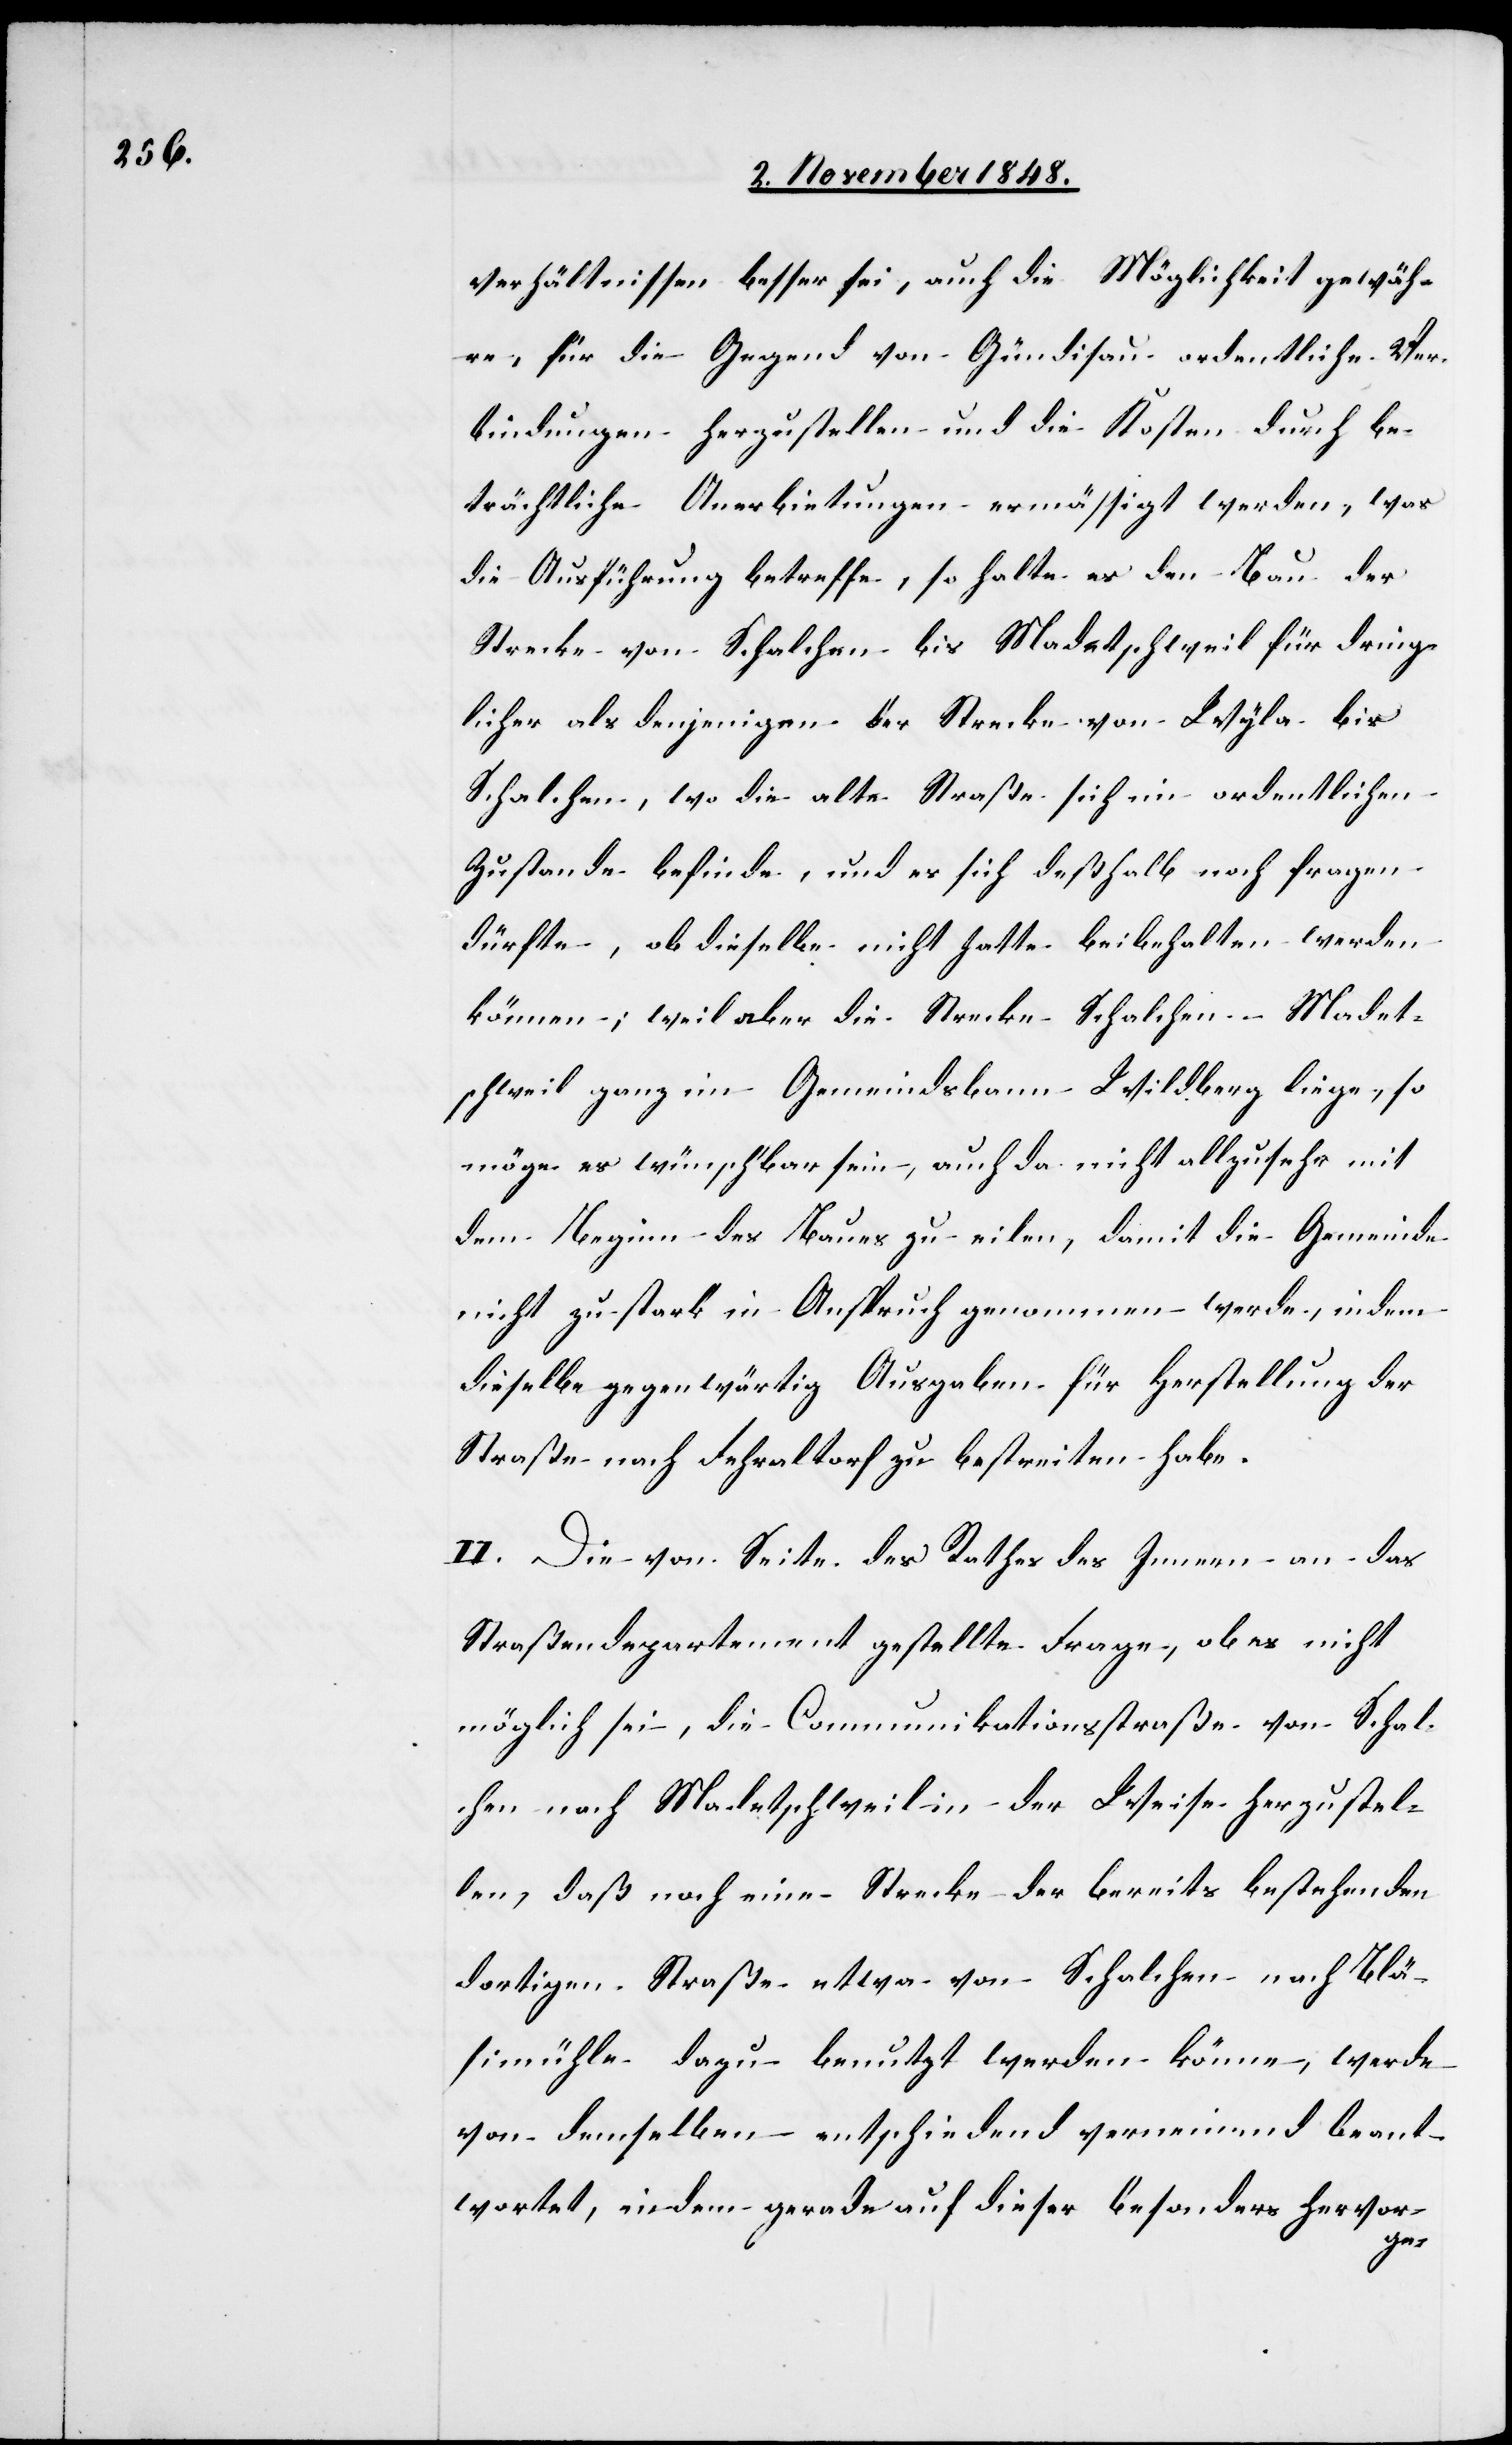
verhältnissen besser sei, auch die Möglichkeit gewäh¬
re, für die Gegend von Gündisau ordentliche Ver¬
bindungen herzustellen und die Kosten durch be¬
trächtliche Anerbietungen ermäßigt werden, was
die Ausführung betreffe, so halte es den Bau der
Strecke von Schalchen bis Madetschweil für dring¬
licher als denjenigen der Strecke von Wyla bis
Schalchen, wo die alte Straße sich im ordentlichen
Zustande befinde, und es sich deßhalb noch fragen
dürfte, ob dieselbe nicht hatte beibehalten werden
können; weil aber die Strecke Schalchen-Madet¬
schweil ganz im Gemeindsbann Wildberg liege, so
möge es wünschbar sein, auch da nicht allzusehr mit
dem Beginn des Baues zu eilen, damit die Gemeinde
nicht zu stark in Anspruch genommen werde, indem
dieselbe gegenwärtig Ausgaben für Herstellung der
Straße nach Fehraltorf zu bestreiten habe.
II. Die von Seite des Rathes des Innern an das
Straßendepartement gestellte Frage, ob es nicht
möglich sei, die Communikationsstraße von Schal¬
chen nach Madetschweil in der Weise herzustel¬
len, daß noch eine Strecke der bereits bestehenden
dortigen Straße etwa von Schalchen nach Blä¬
simühle dazu benutzt werden könne, werde
von demselben entschiedend [sic!] verneinend beant¬
wortet, indem gerade auf dieser besonders hervor-